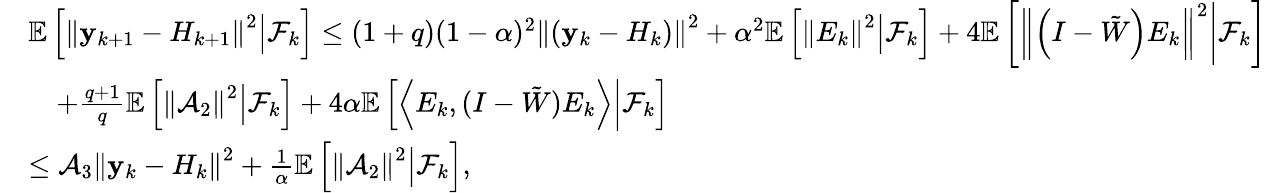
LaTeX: \begin{array}{rl}&{\mathbb{E}\left[\left\Vert\mathbf{y}_{k+1}-H_{k+1}\right\Vert^{2}\middle|\mathcal{F}_{k}\right]\leq(1+q)(1-\alpha)^{2}\left\Vert(\mathbf{y}_{k}-H_{k})\right\Vert^{2}+\alpha^{2}\mathbb{E}\left[\left\Vert E_{k}\right\Vert^{2}\middle|\mathcal{F}_{k}\right]+4\mathbb{E}\left[\left\Vert\left(I-\tilde{W}\right)E_{k}\right\Vert^{2}\middle|\mathcal{F}_{k}\right]}\\ &{\quad+\frac{q+1}{q}\mathbb{E}\left[\left\Vert\mathcal{A}_{2}\right\Vert^{2}\middle|\mathcal{F}_{k}\right]+4\alpha\mathbb{E}\left[\left\langle E_{k},(I-\tilde{W})E_{k}\right\rangle\middle|\mathcal{F}_{k}\right]}\\ &{\leq\mathcal{A}_{3}\left\Vert\mathbf{y}_{k}-H_{k}\right\Vert^{2}+\frac{1}{\alpha}\mathbb{E}\left[\left\Vert\mathcal{A}_{2}\right\Vert^{2}\middle|\mathcal{F}_{k}\right],}\end{array}